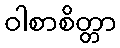
ဝါစာစိတ္တာ